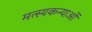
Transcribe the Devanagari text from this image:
मत्स्यकन्याओं